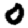
Digit: 0